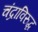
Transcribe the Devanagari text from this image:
चंद्राविरुद्ध